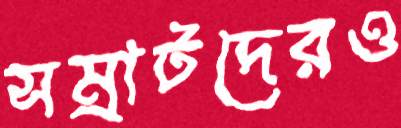
সম্রাটদেরও